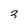
Character: 8